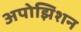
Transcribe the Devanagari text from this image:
अपोझिशन